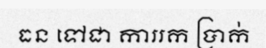
ធន ទៅជា ការរក ប្រាក់